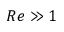
R e \gg 1